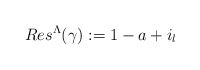
\begin{align*}Res^{\Lambda}(\gamma):=1-a+i_l\end{align*}